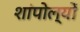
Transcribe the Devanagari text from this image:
शांपोल्यों